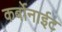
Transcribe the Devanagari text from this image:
कर्बोनाईट